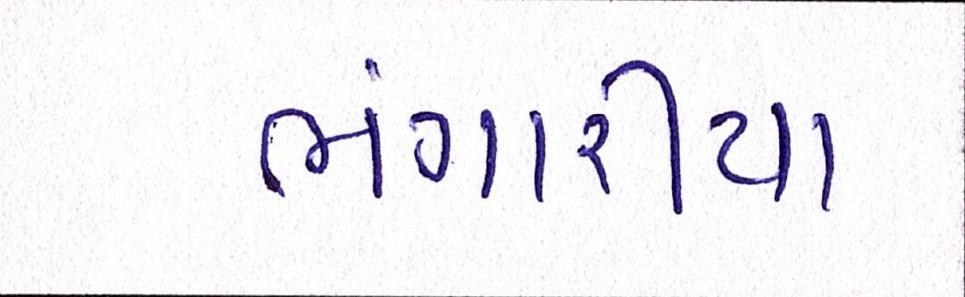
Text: ભંગારીયા